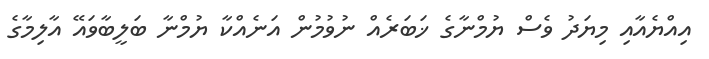
އިއްޔެއާއި މިޔަދު ވެސް ޔުމްނާގެ ޚަބަރެއް ނުވުމުން އަނެއްކާ ޔުމްނާ ބަލީބާވައޭ އާލިމާގެ